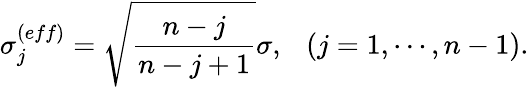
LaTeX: \sigma_{j}^{(eff)}=\sqrt{\frac{n-j}{n-j+1}}\sigma,~~~(j=1,\cdots,n-1).